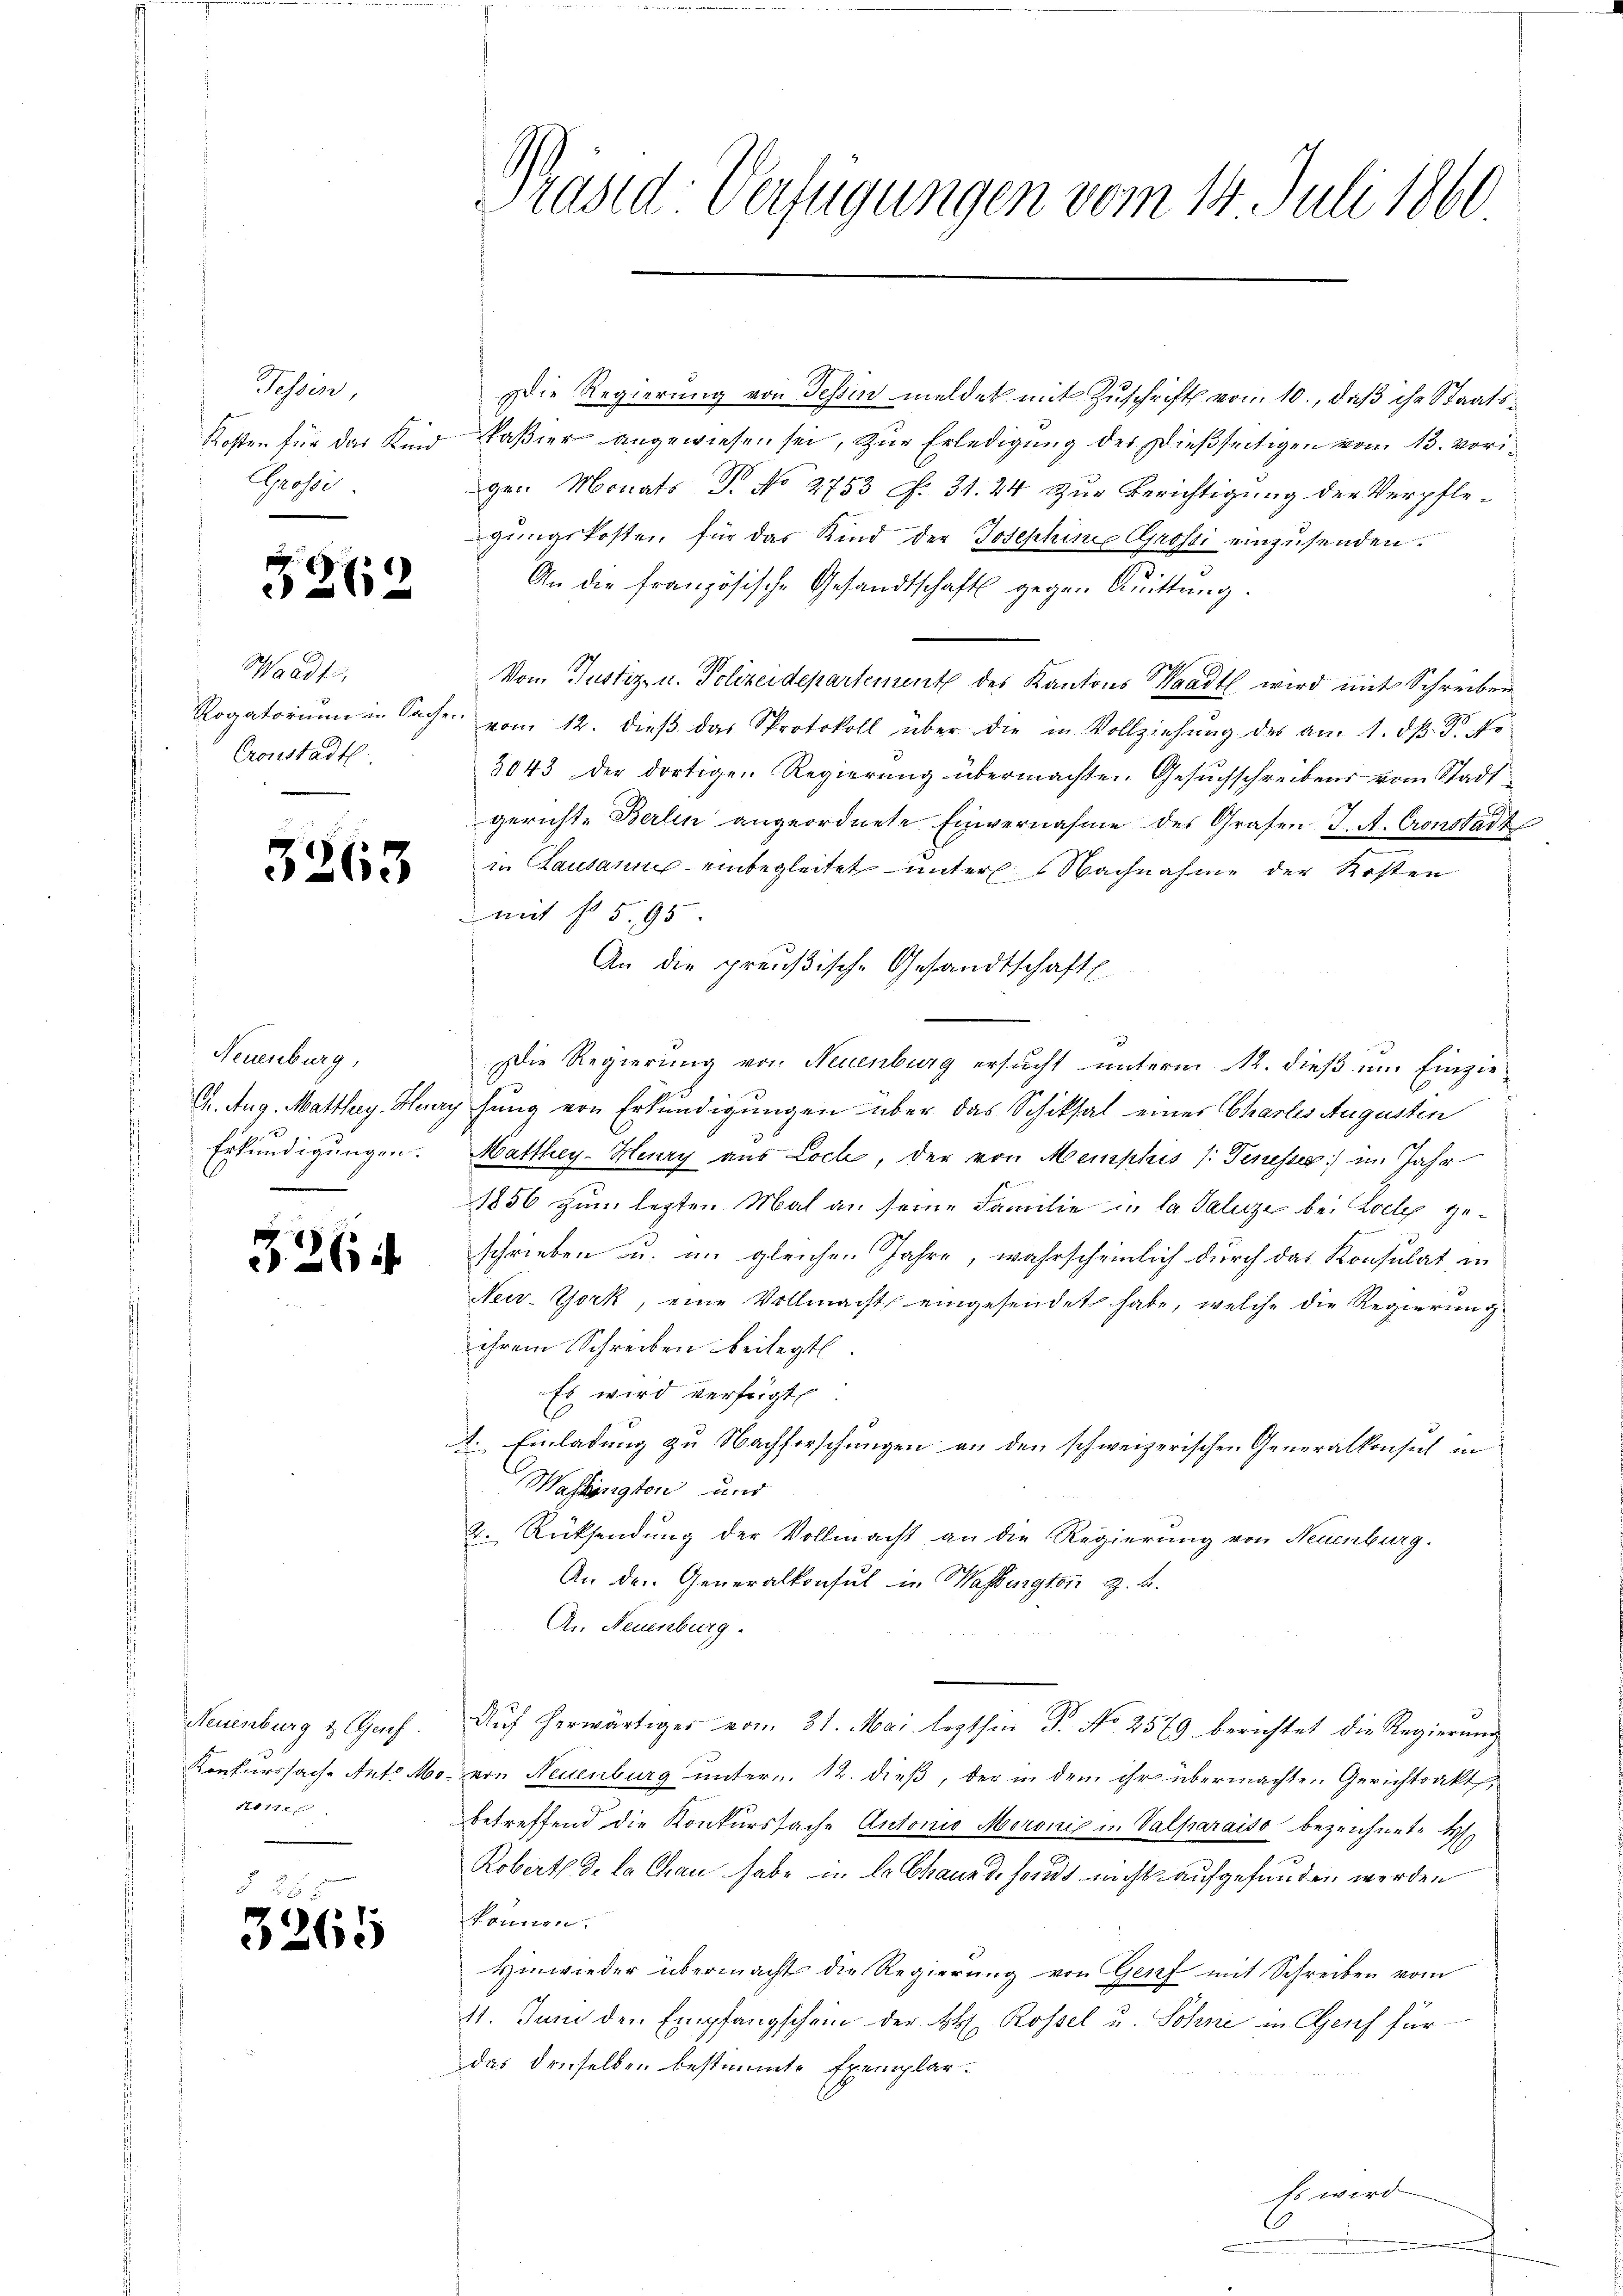
Tessin,
Grosse

.

112

Waadt,
Cronstadt.

3263

Neuenburg,
Erkundigungen.

326

Die Regierung von Tessin meldet mit Zuschrift vom 10., daß ihr Staats¬
Kosten für das Kind Paßier angewiesen sei, zur Erledigung der dießseitigen vom 13. vorigen Monats Dr. No 2753 f. 31. 24 zur Berichtigung der Verpfle-
gungskosten für das Kind der Josephine Grossi einzusenden.
An die französische Gesandtschaft gegen Quittung.
.
h
Von Justiz- u. Polizeidepartement des Kantons Waadt wird mit Schreiben
Rogatorium in Sache vom 12. dieβ das Protokoll über die in Vollziehŭng des am 1. dβ. Dr. No
3043 der dortigen Regierung übermachten. Gesuchschreibens vom Stadt
gerichte Berlin angeordnete Einvernahme des Grafen J. A. Cronstadt
in Lausanne einbegleitet unter Nachnahme der Kosten
mit § 595.
An die preußische Gesandtschaftl
Die Regierung von Neuenburg ersucht unterm 12. dieß um Einzie¬
A. Aug. Matthay, Harry hung von Erkundigungen über das Schiksal eines Chartes Augusten
Matthey-Hery aus Loch, der von Memphis /: Tenesser im Jahr
1856 zum lezten Mal an seine Familie in la Salige bei Kolle geschrieben u. im gleichen Jahre, wahrscheinlich durch das Konsulat in
New-York, eine Vollmacht eingesendet habe, welche die Regierung
ihrem Schreiben beilegt
Es wird verfügt.
A. Einladung zu Nachforschungen an den schweizerischen Generalkonsul in
Washingten und
2. Rücksendung der Vollmacht an die Regierung von Neuenburg.
An den Generalkonsul in Washington z. B.
An Neuenburg.
Auf herwärtiger vom 21. Mai lezthin Fr. No 2579 berichtet die Regierung
Konkurssache Ant. Mo. von Neuenburg unter . 12. dieß, der in dem ihr übermachten Gerichtsakt,
betreffend die Konkurssache Antonio Moronis in Valparaiso bezeichnete H
Roberth J. La Chan habe in le Chaus de fonds nicht aufgefunden werden
können.
Hinwieder übermacht die Regierung von Genf mit Schreiben vom
11. Juni den Empfangschein der B. Rossel u. Söhne in Genf für
das denselben bestimmte Exemplar¬

Neuenburg & Genf.
1017 xx

3265

Präsid-Verfügungen vom 14. Juli 1860
5

schwird

.